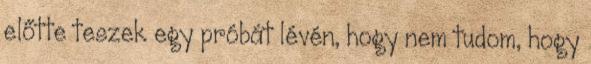
előtte teszek egy próbát lévén, hogy nem tudom, hogy